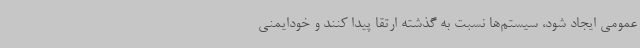
عمومی ایجاد شود، سیستم‌ها نسبت به گذشته ارتقا پیدا کنند و خودایمنی